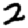
Digit: 2